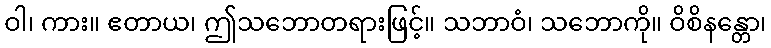
ဝါ၊ ကား။ ဧတာယ၊ ဤသဘောတရားဖြင့်။ သဘာဝံ၊ သဘောကို။ ဝိစိနန္တော၊